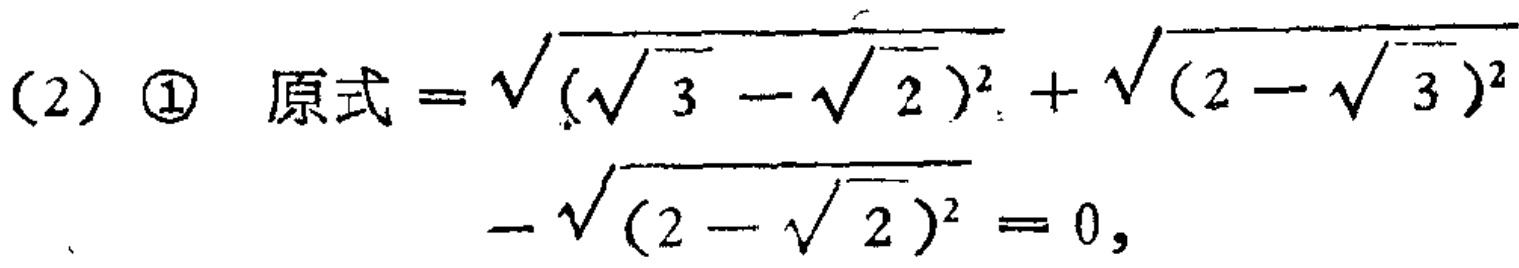
(2) \textcircled{1} 原式$=\sqrt{(\sqrt{3}-\sqrt{2})^2}+\sqrt{(2 - \sqrt{3})^2}-\sqrt{(2-\sqrt{2})^2}=0$,